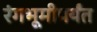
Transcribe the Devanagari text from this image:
रंगभूमीपर्यंत